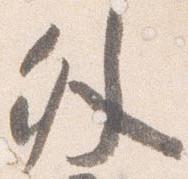
外